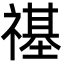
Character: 禥